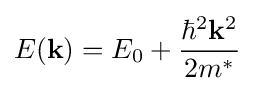
E(\mathbf {k} )=E_{0}+{\frac {\hbar ^{2}\mathbf {k} ^{2}}{2m^{*}}}